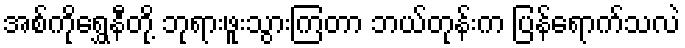
အစ်ကိုရွှေနီတို့ ဘုရားဖူးသွားကြတာ ဘယ်တုန်းက ပြန်ရောက်သလဲ